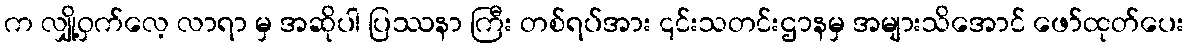
က လျှို့ဝှက်လေ့ လာရာ မှ အဆိုပါ ပြဿနာ ကြီး တစ်ရပ်အား ၎င်းသတင်းဌာနမှ အများသိအောင် ဖော်ထုတ်ပေး